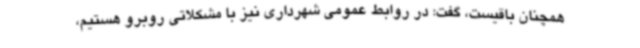
همچنان باقیست، گفت: در روابط عمومی شهرداری نیز با مشکلاتی روبرو هستیم،